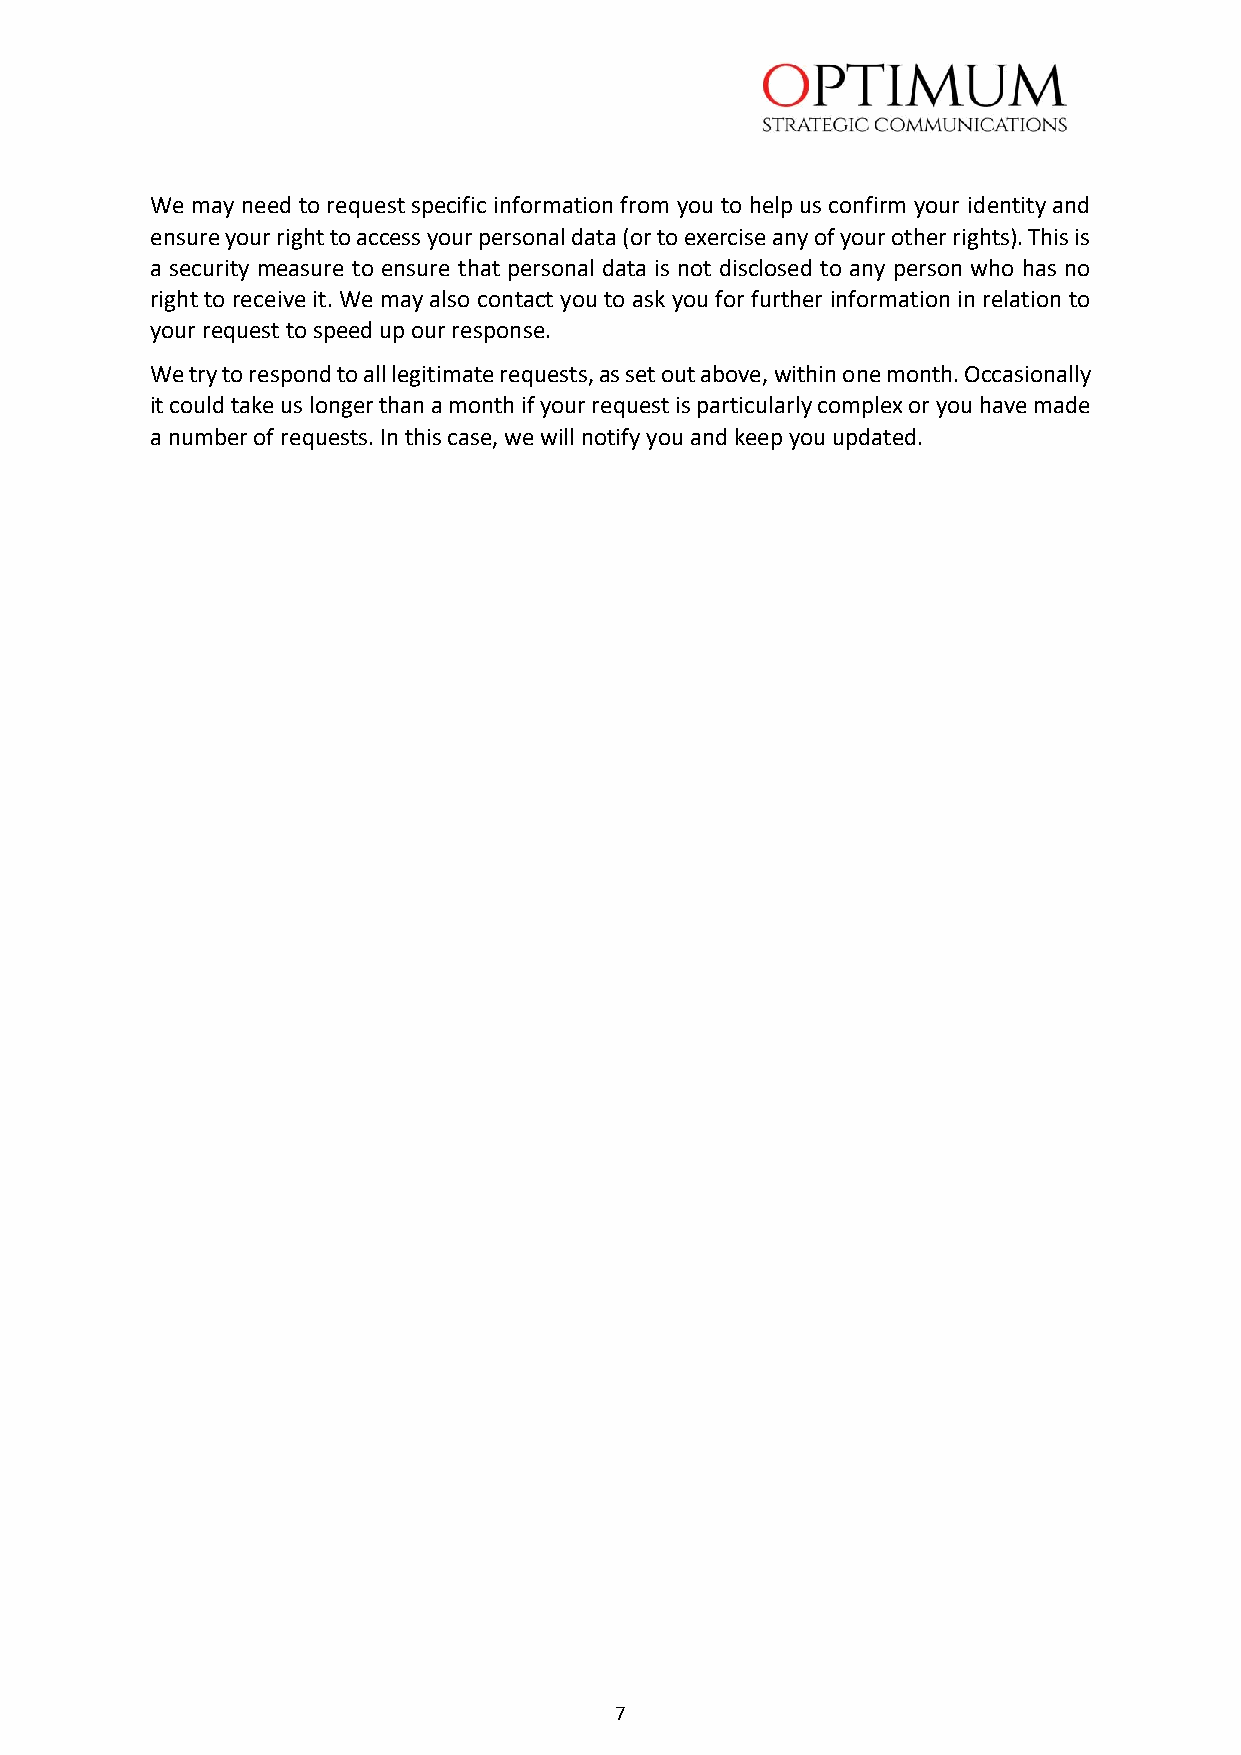
We may need to request specific information from you to help us confirm your identity and
 ensure your right to access your personal data (or to exercise any of your other rights). This is
 a security measure to ensure that personal data is not disclosed to any person who has no
 right to receive it. We may also contact you to ask you for further information in relation to
 your request to speed up our response.
 We try to respond to all legitimate requests, as set out above, within one month. Occasionally
 it could take us longer than a month if your request is particularly complex or you have made
 a number of requests. In this case, we will notify you and keep you updated.
 7